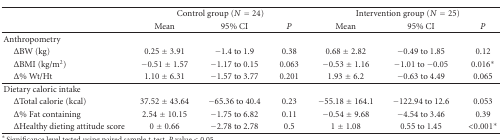
<table><thead><tr><td><b> </b></td><td colspan="3"><b>Control group (<i>N</i> = 24)</b></td><td colspan="3"><b>Intervention group (<i>N</i> = 25)</b></td></tr><tr><td><b> </b></td><td><b>Mean</b></td><td><b>95% CI</b></td><td><b><i>P</i></b></td><td><b>Mean</b></td><td><b>95% CI</b></td><td><b><i>P</i></b></td></tr></thead><tbody><tr><td>Anthropometry</td><td> </td><td> </td><td> </td><td> </td><td> </td><td> </td></tr><tr><td> ΔBW (kg)</td><td>0.25 ± 3.91</td><td>−1.4 to 1.9</td><td>0.38</td><td>0.68 ± 2.82</td><td>−0.49 to 1.85</td><td>0.12</td></tr><tr><td> ΔBMI (kg/m<sup>2</sup>)</td><td>−0.51 ± 1.57</td><td>−1.17 to 0.15</td><td>0.063</td><td>−0.53 ± 1.16</td><td>−1.01 to −0.05</td><td>0.016*</td></tr><tr><td> Δ% Wt/Ht</td><td>1.10 ± 6.31</td><td>−1.57 to 3.77</td><td>0.201</td><td>1.93 ± 6.2</td><td>−0.63 to 4.49</td><td>0.065</td></tr><tr><td>Dietary caloric intake</td><td> </td><td> </td><td> </td><td> </td><td> </td><td> </td></tr><tr><td> ΔTotal calorie (kcal)</td><td>37.52 ± 43.64</td><td>−65.36 to 40.4</td><td>0.23</td><td>−55.18 ± 164.1</td><td>−122.94 to 12.6</td><td>0.053</td></tr><tr><td> Δ% Fat containing </td><td>2.54 ± 10.15</td><td>−1.75 to 6.82</td><td>0.11</td><td>−0.54 ± 9.68</td><td>−4.54 to 3.46</td><td>0.39</td></tr><tr><td> ΔHealthy dieting attitude score</td><td>0 ± 0.66</td><td>−2.78 to 2.78</td><td>0.5</td><td>1 ± 1.08</td><td>0.55 to 1.45</td><td>&lt;0.001*</td></tr></tbody></table>